Report of the Indian Hemp Drugs Commission, 1894-1895 - Volume II
Year: 1894
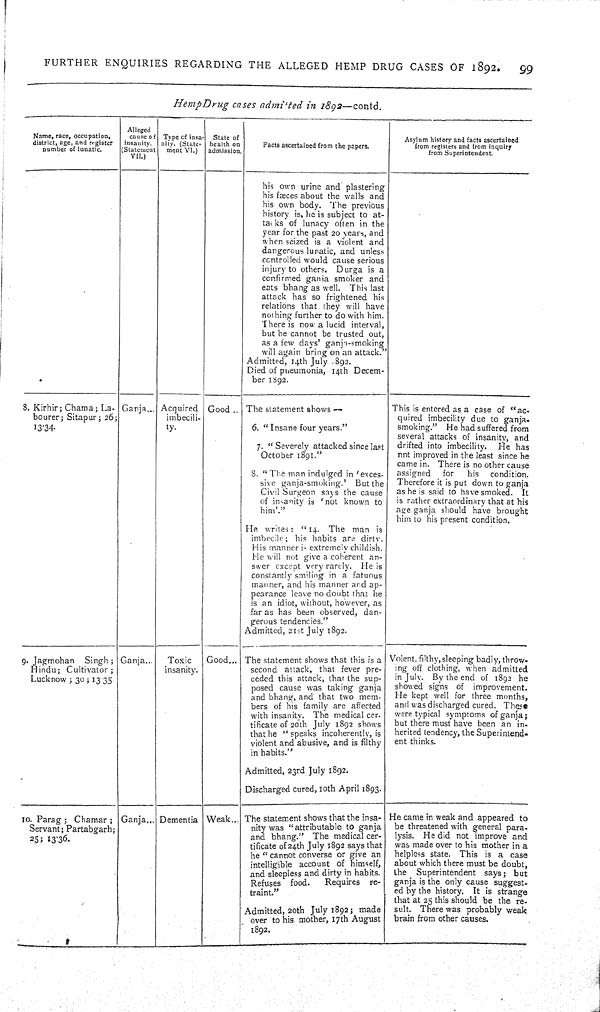
FURTHER
ENQUIRIES
REGARDING
THE
ALLEGED
HEMP
DRUG CASES OF
1892.
99
Hemp
Drug
cases
admitted
in
1892—contd.
Name, race, occupation,
district, age, and register
number of lunatic.
Alleged
cause of
insanity.
(Statement
VII.)
Type of insa-
nity. (State-
ment VI.)
State of
health on
admission.
Facts ascertained from the papers.
Asylum history and facts ascertained
from registers and from inquiry
from Superintendent.
his own urine and plastering
his fæces about the walls and
his own body.
The previous
history is, he is subject to at-
tacks of lunacy often in the
year for the past 20 years, and
when seized is a violent and
dangerous lunatic, and unless
controlled would cause serious
injury to others.
Durga is a
confirmed ganja smoker and
eats bhang as well.
This last
attack has so frightened his
relations that they will have
nothing further to do with him.
There is now a lucid interval,
but he cannot be trusted out,
as a few days' ganja-smoking
will again bring on an attack."
Admitted, 14th July 1892.
Died of pneumonia, 14th Decem-
ber 1892.
8. Kirhir; Chama; La-
bourer; Sitapur; 26;
13.34.
Ganja
Acquired
imbecili-
ty.
Good
The statement shows —
6. "Insane four years."
7. "Severely attacked since last
October 1891."
8. "The man indulged in 'exces-
sive ganja-smoking.' But the
Civil Surgeon says the cause
of insanity is 'not known to
him'."
He writes: "14.
The man is
imbecile; his habits are dirty.
His manner is extremely childish.
He will not give a coherent an-
swer except very rarely.
He is
constantly smiling in a fatuous
manner, and his manner and ap-
pearance leave no doubt that he
is an idiot, without, however, as
far as has been observed, dan-
gerous tendencies."
Admitted, 21st July 1892.
This is entered as a case of "ac-
quired imbecility due to ganja-
smoking."
He had suffered from
several attacks of insanity, and
drifted into imbecility.
He has
not improved in the least since he
came in. There is no other cause
assigned
for
his
condition.
Therefore it is put down to ganja
as he is said to have smoked.
It
is rather extraordinary that at his
age ganja should have brought
him to his present condition.
9.
Jagmohan
Singh;
Hindu;
Cultivator;
Lucknow; 30; 13.35.
Ganja
Toxic
insanity.
Good
The statement shows that this is a
second attack, that fever pre-
ceded this attack, that the sup-
posed cause was taking ganja
and bhang, and that two mem-
bers of his family are affected
with insanity. The medical cer-
tificate of 20th July 1892 shows
that he "speaks incoherently, is
violent and abusive, and is filthy
in habits."
Admitted, 23rd July 1892.
Discharged cured, 10th April 1893.
Volent, filthy, sleeping badly, throw-
ing off clothing, when admitted
in July.
By the end of 1892 he
showed signs of
improvement.
He kept well for three months,
and was discharged cured. These
were typical symptoms of ganja;
but there must have been an in-
herited tendency, the Superintend-
ent thinks.
10. Parag;
Chamar;
Servant; Partabgarh;
25; 13.36.
Ganja
Dementia
Weak
The statement shows that the insa-
nity was "attributable to ganja
and bhang."
The medical cer-
tificate of 24th July 1892 says that
he "cannot converse or give an
intelligible account of himself,
and sleepless and dirty in habits.
Refuses
food.
Requires
re-
traint."
Admitted, 20th July 1892; made
over to his mother, 17th August
1892.
He came in weak and appeared to
be threatened with general para-
lysis.
He did not improve and
was made over to his mother in a
helpless state. This is a case
about which there must be doubt,
the
Superintendent
says;
but
ganja is the only cause suggest-
ed by the history.
It is strange
that at 25 this should be the re-
sult. There was probably weak
brain from other causes.